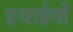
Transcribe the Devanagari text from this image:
हवाईयों